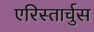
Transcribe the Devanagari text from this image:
एरिस्तार्चुस